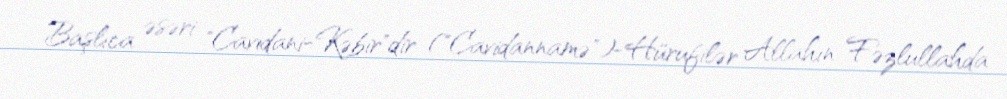
Başlıca əsəri "Cavidani-Kəbir"dir ("Cavidannamə")-Hürufilər Allahın Fəzlullahda